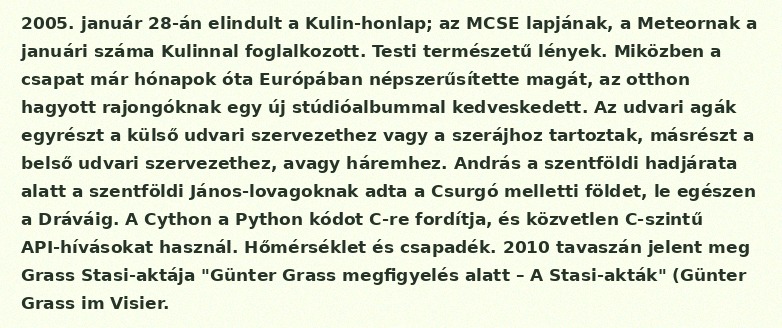
2005. január 28-án elindult a Kulin-honlap; az MCSE lapjának, a Meteornak a januári száma Kulinnal foglalkozott. Testi természetű lények. Miközben a csapat már hónapok óta Európában népszerűsítette magát, az otthon hagyott rajongóknak egy új stúdióalbummal kedveskedett. Az udvari agák egyrészt a külső udvari szervezethez vagy a szerájhoz tartoztak, másrészt a belső udvari szervezethez, avagy háremhez. András a szentföldi hadjárata alatt a szentföldi János-lovagoknak adta a Csurgó melletti földet, le egészen a Dráváig. A Cython a Python kódot C-re fordítja, és közvetlen C-szintű API-hívásokat használ. Hőmérséklet és csapadék. 2010 tavaszán jelent meg Grass Stasi-aktája "Günter Grass megfigyelés alatt – A Stasi-akták" (Günter Grass im Visier.